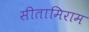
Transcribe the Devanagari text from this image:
सीतामिराम